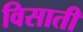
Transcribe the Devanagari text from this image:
विसाती